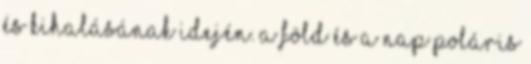
és kihalásának idején. A Föld és a Nap poláris